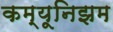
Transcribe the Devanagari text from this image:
कम्यूनिझम